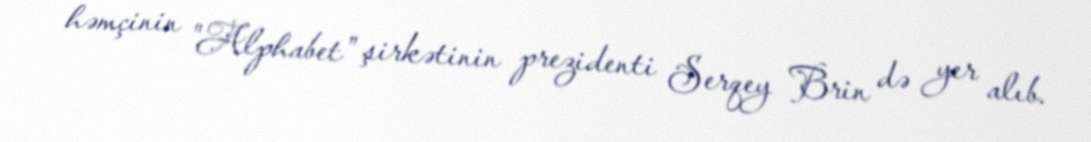
həmçinin "Alphabet" şirkətinin prezidenti Serqey Brin də yer alıb.